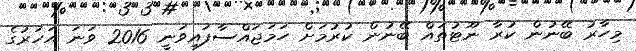
މިހާރު ބޭނުން ކުރާ ނޫޓުތައް ބޭނުން ކުރުމަށް ހަމަޖައްސާފައިވަނީ 2016 ވަނަ އަހަރުގެ